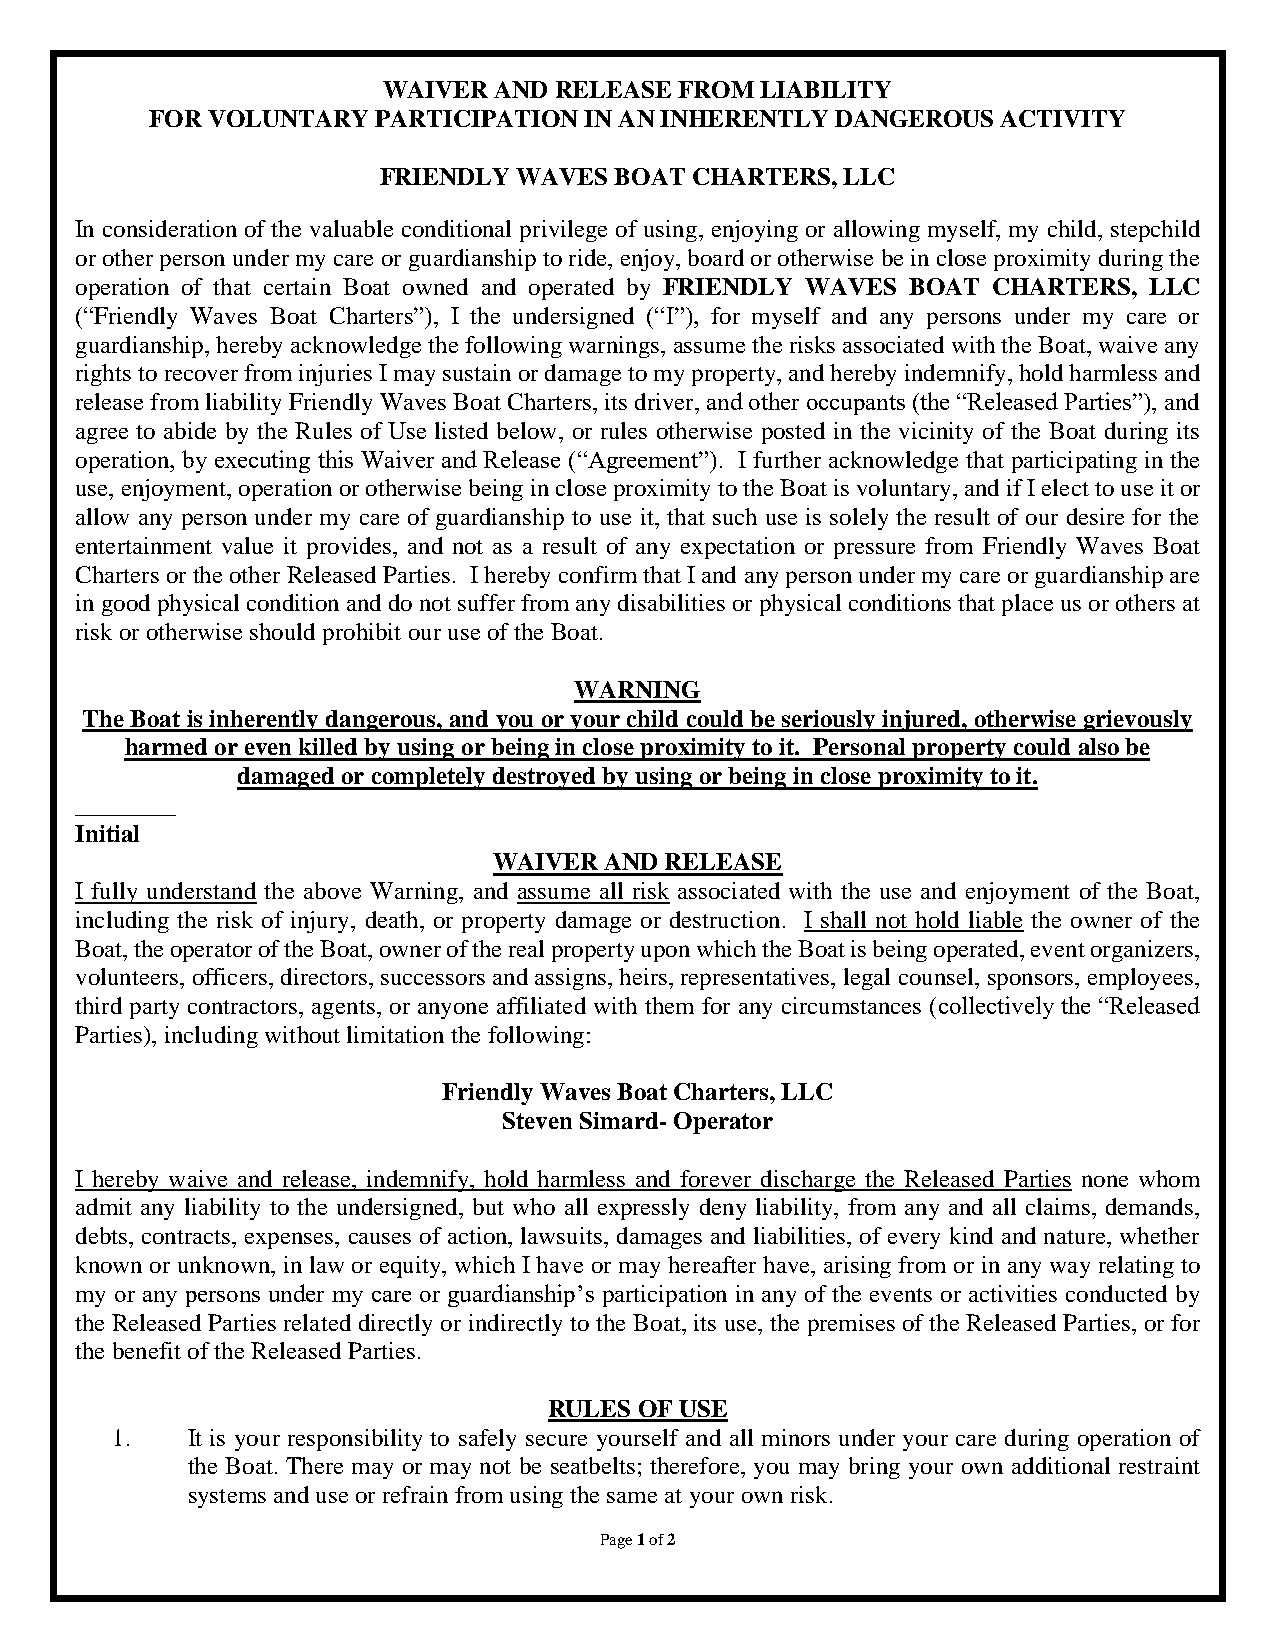
WAIVER  AND RELEASE FROM LIABILITY
 FOR VOLUNTARY  PARTICIPATION IN AN INHERENTLY DANGEROUS ACTIVITY
 FRIENDLY WAVES  BOAT CHARTERS, LLC
 In consideration of the valuable conditional privilege of using, enjoying or allowing myself, my child, stepchild
 or other person under my care or guardianship to ride, enjoy, board or otherwise be in close proximity during the
 operation of that certain Boat owned and operated by FRIENDLY WAVES BOAT CHARTERS, LLC
 (“Friendly Waves Boat Charters”), I the undersigned (“I”), for myself and any persons under my care or
 guardianship, hereby acknowledge the following warnings, assume the risks associated with the Boat, waive any
 rights to recover from injuries I may sustain or damage to my property, and hereby indemnify, hold harmless and
 release from liability Friendly Waves Boat Charters, its driver, and other occupants (the “Released Parties”), and
 agree to abide by the Rules of Use listed below, or rules otherwise posted in the vicinity of the Boat during its
 operation, by executing this Waiver and Release (“Agreement”). I further acknowledge that participating in the
 use, enjoyment, operation or otherwise being in close proximity to the Boat is voluntary, and if I elect to use it or
 allow any person under my care of guardianship to use it, that such use is solely the result of our desire for the
 entertainment value it provides, and not as a result of any expectation or pressure from Friendly Waves Boat
 Charters or the other Released Parties. I hereby confirm that I and any person under my care or guardianship are
 in good physical condition and do not suffer from any disabilities or physical conditions that place us or others at
 risk or otherwise should prohibit our use of the Boat.
 WARNING
 The Boat is inherently dangerous, and you or your child could be seriously injured, otherwise grievously
 harmed or even killed by using or being in close proximity to it. Personal property could also be
 damaged or completely destroyed by using or being in close proximity to it.
 ________
 Initial
 WAIVER AND RELEASE
 I fully understand the above Warning, and assume all risk associated with the use and enjoyment of the Boat,
 including the risk of injury, death, or property damage or destruction. I shall not hold liable the owner of the
 Boat, the operator of the Boat, owner of the real property upon which the Boat is being operated, event organizers,
 volunteers, officers, directors, successors and assigns, heirs, representatives, legal counsel, sponsors, employees,
 third party contractors, agents, or anyone affiliated with them for any circumstances (collectively the “Released
 Parties), including without limitation the following:
 Friendly Waves Boat Charters, LLC
 Steven Simard- Operator
 I hereby waive and release, indemnify, hold harmless and forever discharge the Released Parties none whom
 admit any liability to the undersigned, but who all expressly deny liability, from any and all claims, demands,
 debts, contracts, expenses, causes of action, lawsuits, damages and liabilities, of every kind and nature, whether
 known or unknown, in law or equity, which I have or may hereafter have, arising from or in any way relating to
 my or any persons under my care or guardianship’s participation in any of the events or activities conducted by
 the Released Parties related directly or indirectly to the Boat, its use, the premises of the Released Parties, or for
 the benefit of the Released Parties.
 RULES OF USE
 1.   It is your responsibility to safely secure yourself and all minors under your care during operation of
 the Boat. There may or may not be seatbelts; therefore, you may bring your own additional restraint
 systems and use or refrain from using the same at your own risk.
 Page 1 of 2